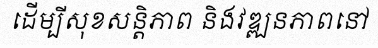
ដើម្បីសុខសន្តិភាព និងវឌ្ឍនភាពនៅ